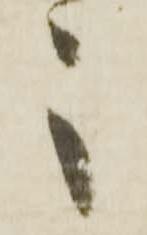
之